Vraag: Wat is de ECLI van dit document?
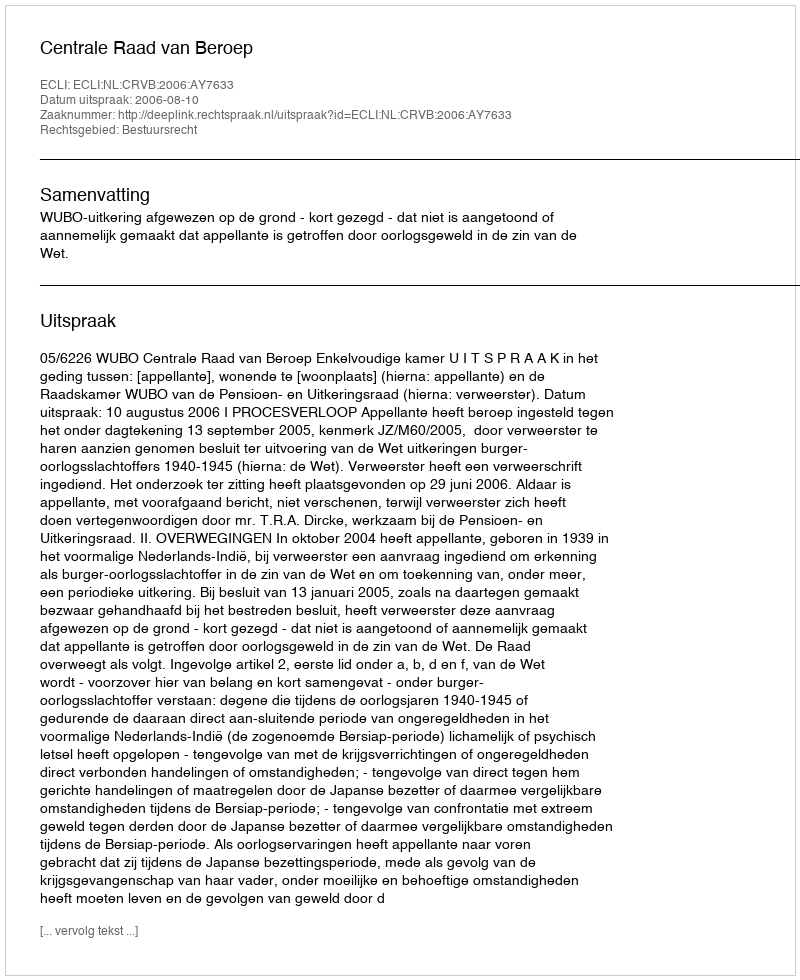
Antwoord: ECLI:NL:CRVB:2006:AY7633